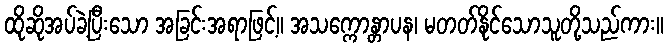
ထိုဆိုအပ်ခဲ့ပြီးသော အခြင်းအရာဖြင့်။ အသက္ကောန္တာပန၊ မတတ်နိုင်သောသူတို့သည်ကား။